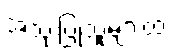
အသုံးပြုသူများထံ